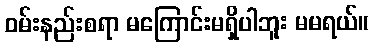
ဝမ်းနည်းစရာ မကြောင်းမရှိပါဘူး မမရယ်။